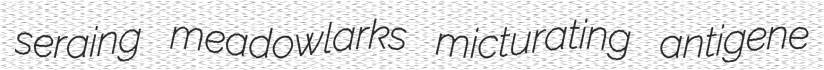
seraing meadowlarks micturating antigene